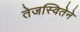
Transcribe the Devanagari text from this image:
तेजस्वितेने